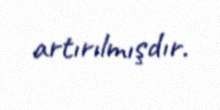
artırılmışdır.